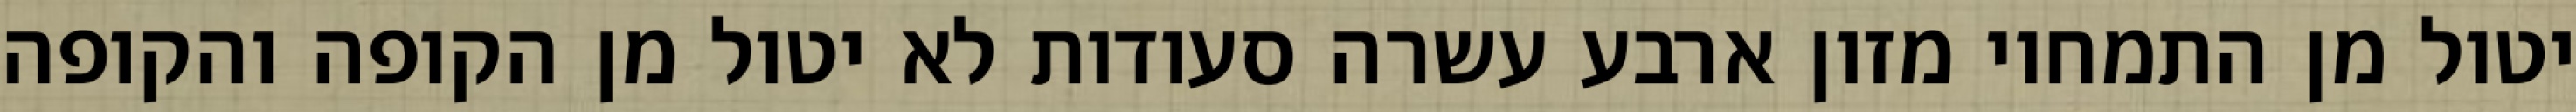
יטול מן התמחוי מזון ארבע עשרה סעודות לא יטול מן הקופה והקופה